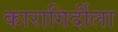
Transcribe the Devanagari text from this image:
कारागिर्दीला